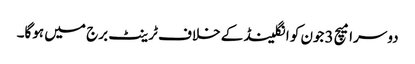
دوسرا میچ 3جون کو انگلینڈ کے خلاف ٹرینٹ برج میں ہوگا۔